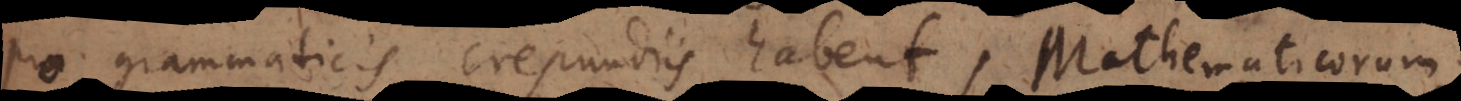
pro grammaticis crepundiis habent, Mathematicorum